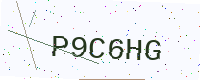
Text: P9C6HG